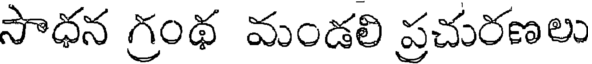
సాధన గ్రంథ మండలి ప్రచురణలు